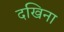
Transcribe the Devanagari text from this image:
दखिना